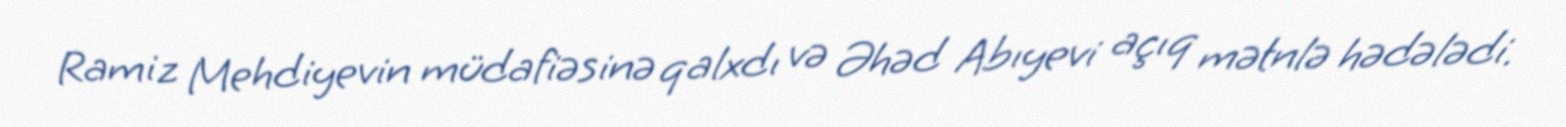
Ramiz Mehdiyevin müdafiəsinə qalxdı və Əhəd Abıyevi açıq mətnlə hədələdi.